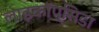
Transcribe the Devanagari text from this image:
लाइकॉप्सिडा